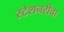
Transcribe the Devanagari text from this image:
स्टेशनरीचा